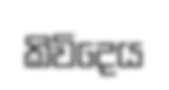
කිවිදෙය